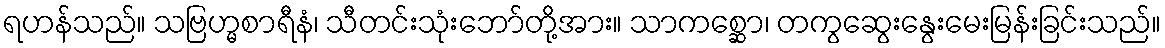
ရဟန်သည်။ သဗြဟ္မစာရီနံ၊ သီတင်းသုံးဘော်တို့အား။ သာကစ္ဆော၊ တကွဆွေးနွေးမေးမြန်းခြင်းသည်။